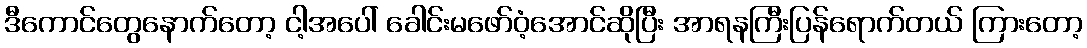
ဒီကောင်တွေနောက်တော့ ငါ့အပေါ် ခေါင်းမဖော်ဝံ့အောင်ဆိုပြီး အာရနကြီးပြန်ရောက်တယ် ကြားတော့